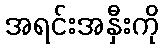
အရင်းအနှီးကို